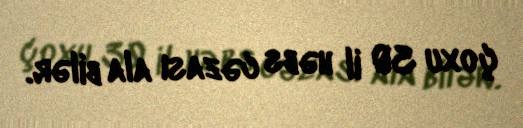
çoxu 30 il həbs cəzası ala bilər.